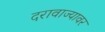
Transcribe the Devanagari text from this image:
दरावाज्यावर